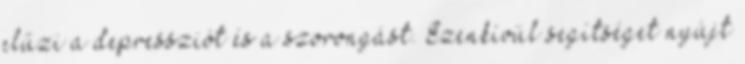
elűzi a depressziót és a szorongást. Ezenkívül segítséget nyújt